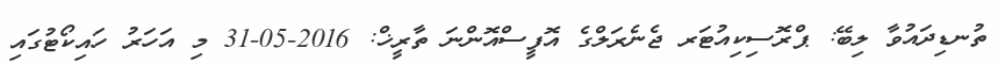
ތުނޑިދައުވާ ލިބޭ: ޕްރޮސިކިއުޓަރ ޖެނެރަލްގެ އޮފީސްއޮންނަ ތާރީޚް: 2016-05-31 މި އަހަރު ހައިކޯޓުގައި